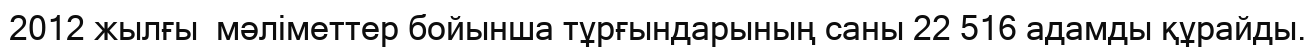
2012 жылғы  мәліметтер бойынша тұрғындарының саны 22 516 адамды құрайды.